18_100754_ General 1946-7_Vol_2
Agency: Department of War
Incident date: 12/30/47
Page 25
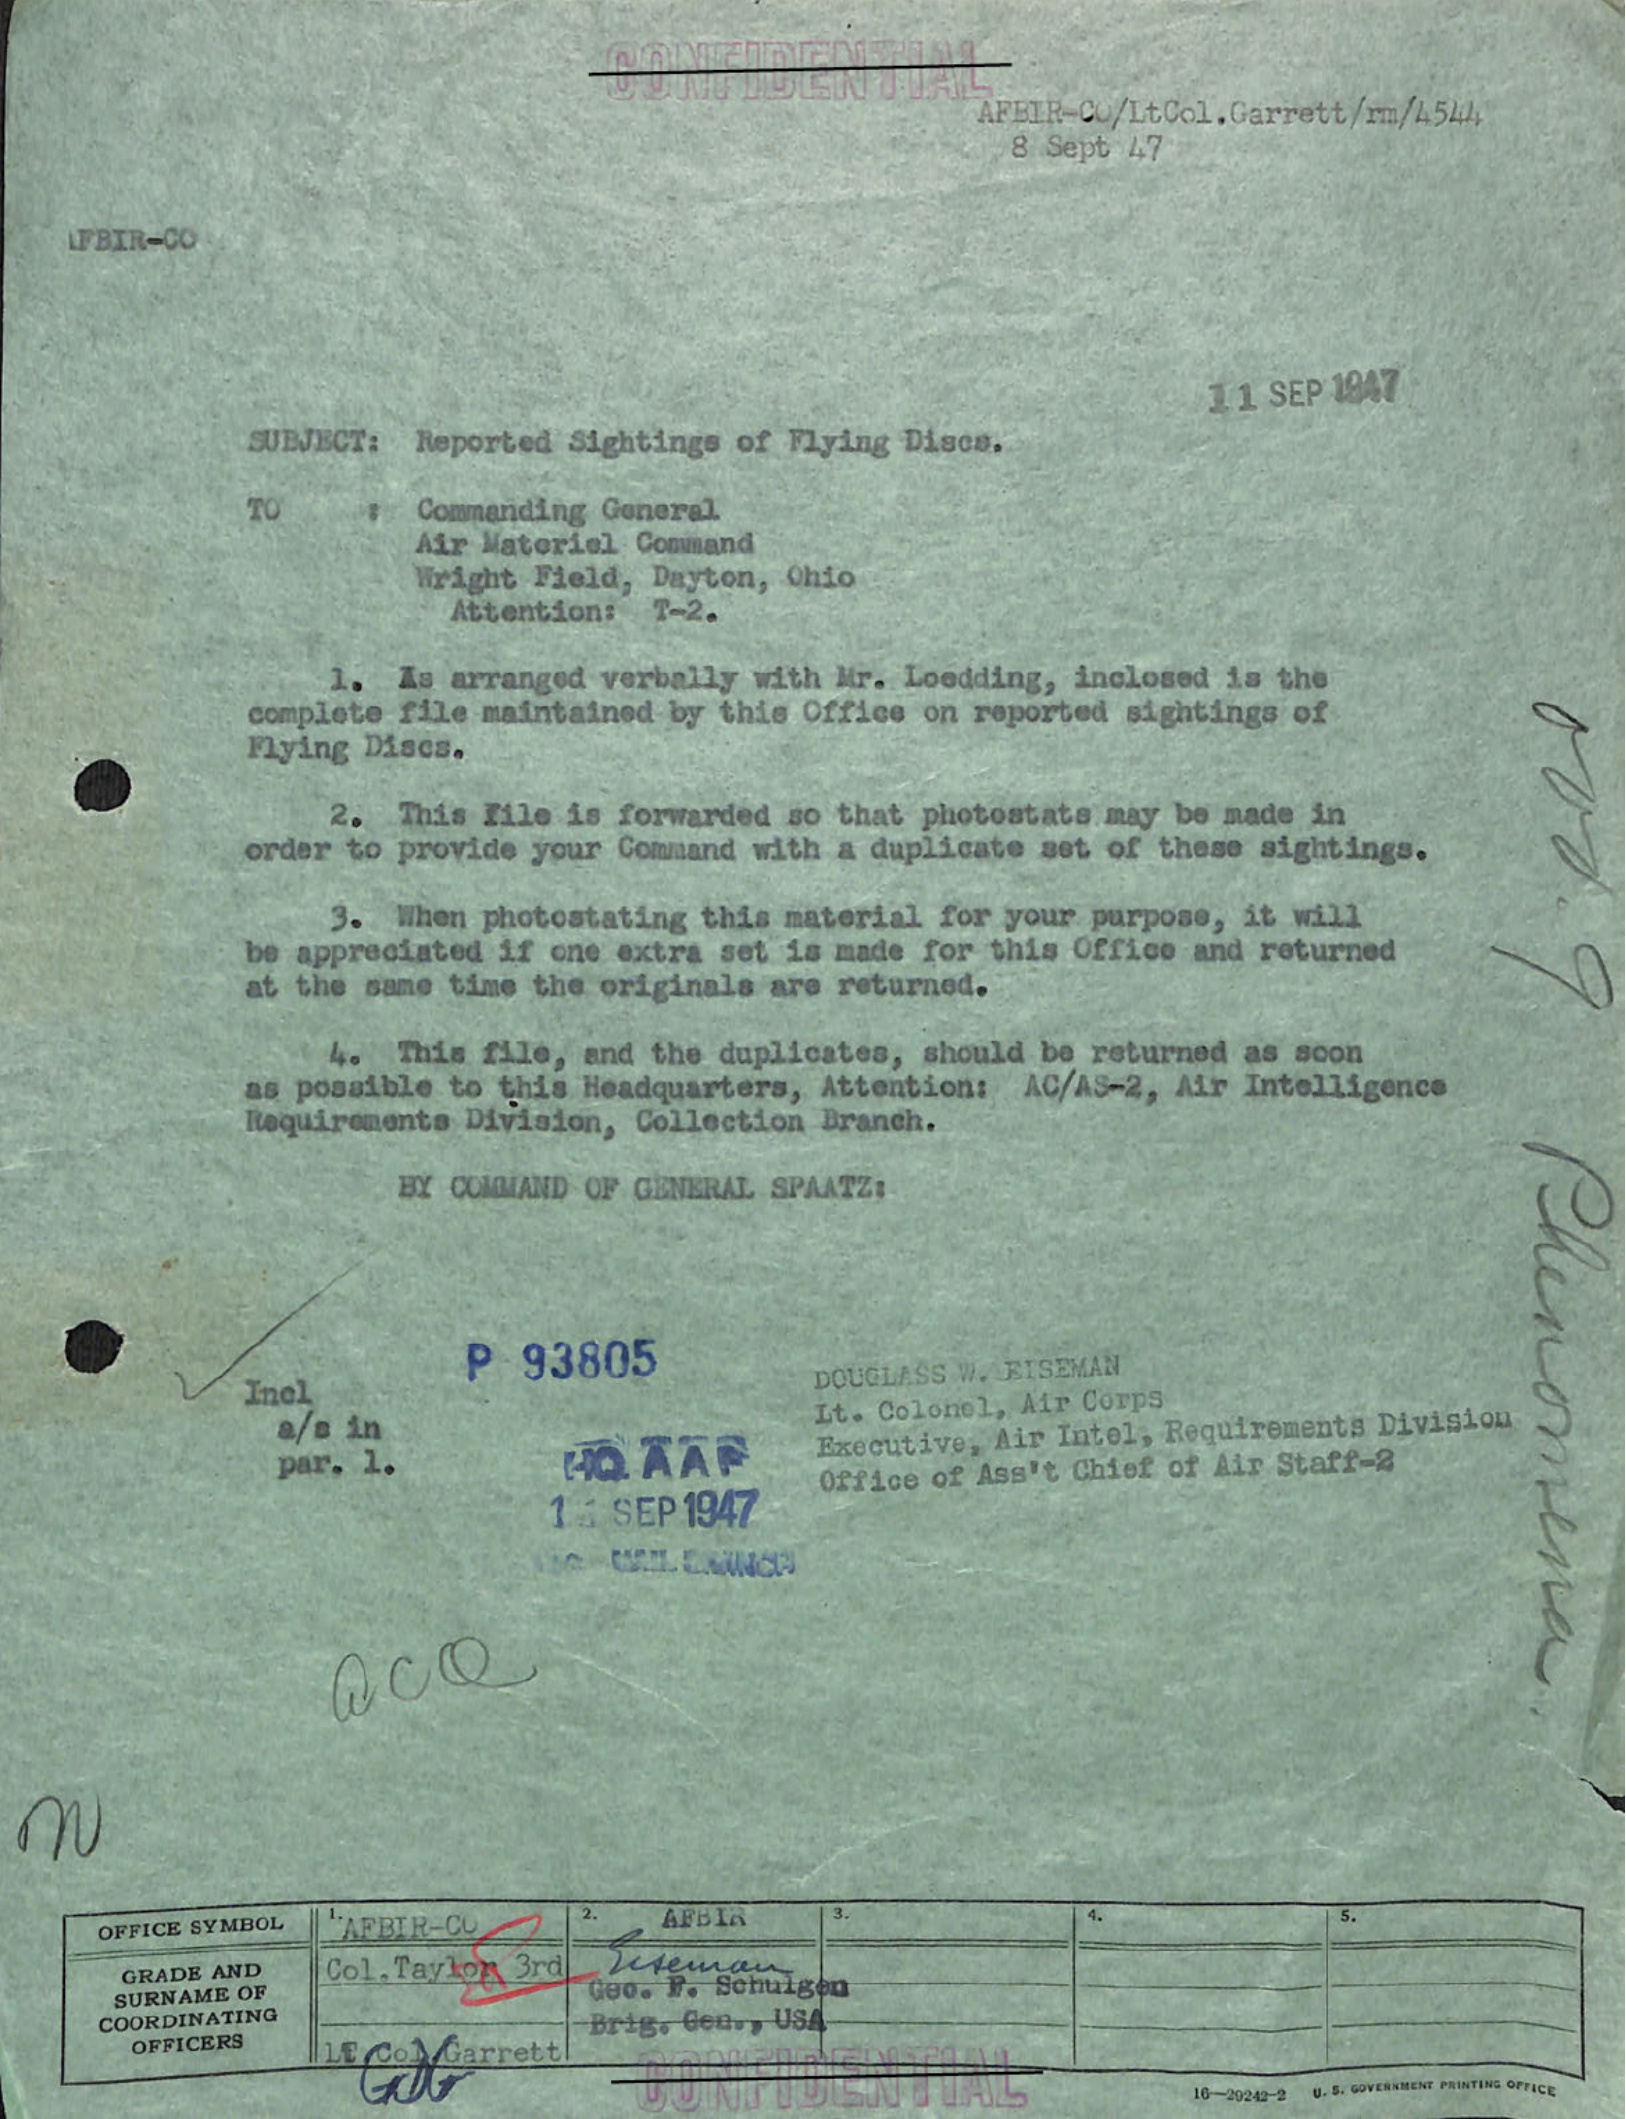